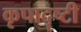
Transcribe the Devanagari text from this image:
कृपादॄष्टी